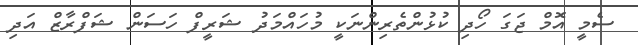
ސެމީ އޮމް ޖަގަ ހޯދި ކުޅުންތެރިންނަކީ މުހައްމަދު ޝަރީފް ހަސަން ޝަފްރާޒް އަދި